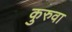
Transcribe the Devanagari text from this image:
कुरुवा